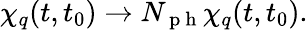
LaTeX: \chi_{q}(t,t_{0})\to N_{\mathrm{~p~h~}}\chi_{q}(t,t_{0}).